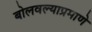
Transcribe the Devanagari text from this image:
बोलवल्याप्रमाणे